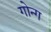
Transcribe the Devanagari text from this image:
गोन्ग